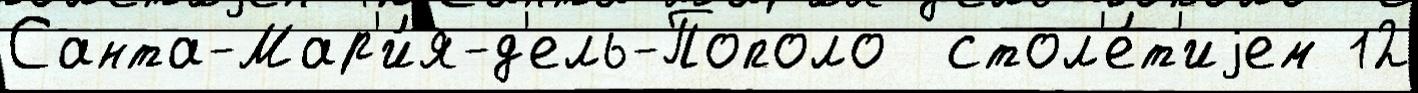
Санта-Мар'и́я-д'ель-Пополо  стол'е́т'иjем 12